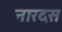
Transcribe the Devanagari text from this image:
नारदस